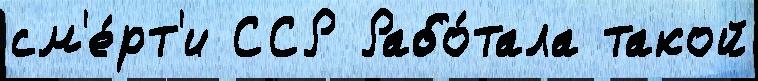
см'е́рт'и ССР Рабо́тала такой